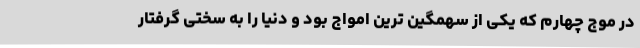
در موج چهارم که یکی از سهمگین ترین امواج بود و دنیا را به سختی گرفتار